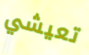
تعيشي